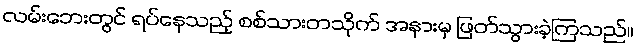
လမ်းဘေးတွင် ရပ်နေသည့် စစ်သားတသိုက် အနားမှ ဖြတ်သွားခဲ့ကြသည်။